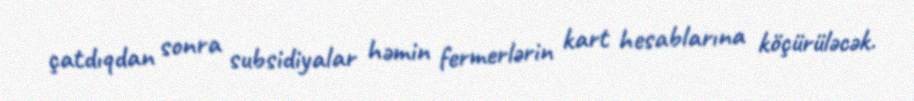
çatdıqdan sonra subsidiyalar həmin fermerlərin kart hesablarına köçürüləcək.